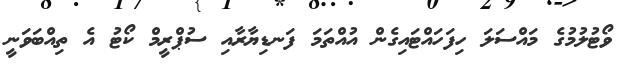
ވޯޓުލުމުގެ މައްސަލަ ހިފަހައްޓައިގެން އުއްތަމަ ފަނޑިޔާރާއި ސުޕްރީމް ކޯޓު އެ ތިއްބަވަނީ